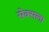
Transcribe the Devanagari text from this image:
सेक्सला